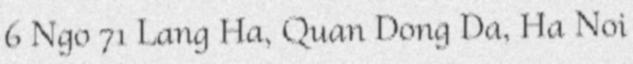
6 Ngo 71 Lang Ha, Quan Dong Da, Ha Noi